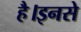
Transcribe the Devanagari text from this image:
है।इनसे